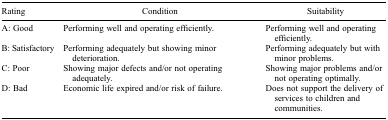
<table><thead><tr><td><b>Rating</b></td><td><b>Condition</b></td><td><b>Suitability</b></td></tr></thead><tbody><tr><td>A: Good</td><td>Performing well and operating efficiently.</td><td>Performing well and operating efficiently.</td></tr><tr><td>B: Satisfactory</td><td>Performing adequately but showing minor deterioration.</td><td>Performing adequately but with minor problems.</td></tr><tr><td>C: Poor</td><td>Showing major defects and/or not operating adequately.</td><td>Showing major problems and/or not operating optimally.</td></tr><tr><td>D: Bad</td><td>Economic life expired and/or risk of failure.</td><td>Does not support the delivery of services to children and communities.</td></tr></tbody></table>